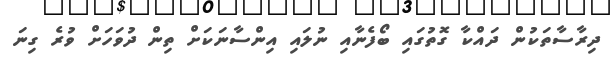
ދިރާސާތަކުން ދައްކާ ގޮތުގައި ބޯފެނާއި ނުލައި އިންސާނަަކަށް ތިން ދުވަހަށް ވުރެ ގިނަ